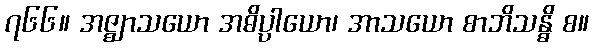
၇၆၆။ အဇ္ဈာသယော အဓိပ္ပာယော၊ အာသယော စာဘိသန္ဓိ စ။